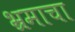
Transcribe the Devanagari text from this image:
भ्रमाचा